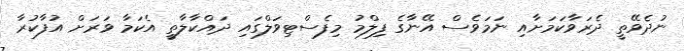
ނުދެވޭތީ ދެރަވާކަމަށާއި ނަމަވެސް އޭނާގެ ފިލްމު މިފެސްޓިވަލްގައި ދައްކާލާތީ އެކަމާ ވަރަށް އުފާކުރާ